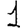
Digit: 1